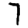
Digit: 7